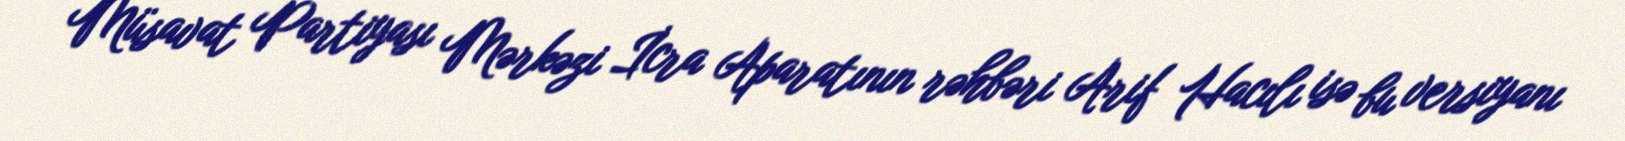
Müsavat Partiyası Mərkəzi İcra Aparatının rəhbəri Arif Hacılı isə bu versiyanı